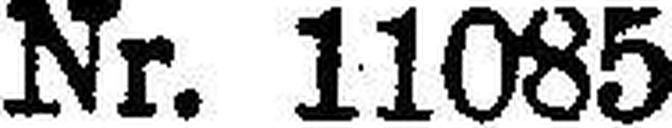
Nr. 11085